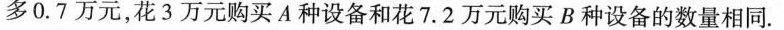
多0.7万元，花3万元购买A种设备和花7.2万元购买B种设备的数量相同。